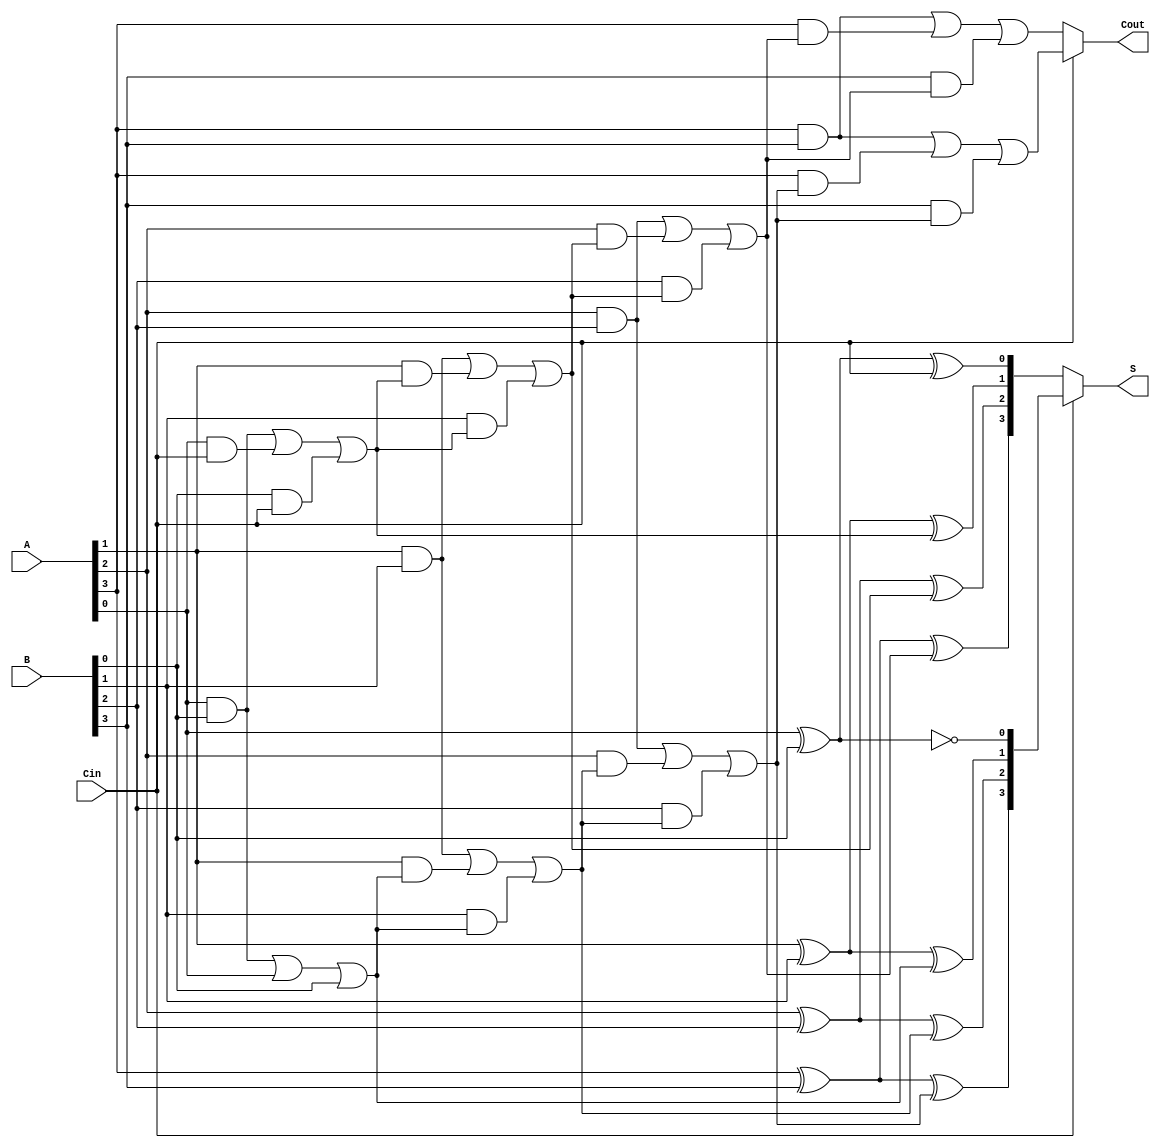
module ConditionalSumAdder #(parameter n = 4) (
    input  [n-1:0] A,      // n-bit input A
    input  [n-1:0] B,      // n-bit input B
    input          Cin,     // Carry-in
    output [n-1:0] S,      // n-bit output sum
    output         Cout     // Carry-out
);

    // Intermediate signals for sums and carries
    wire [n-1:0] S0, S1;     // Sums for Cin = 0 and Cin = 1
    wire [n-1:0] C0, C1;     // Carries for Cin = 0 and Cin = 1

    // Generate partial sums and carries for each bit
    genvar i;
    generate
        for (i = 0; i < n; i = i + 1) begin: CSA
            // Compute S0 and S1
            assign S0[i] = A[i] ^ B[i] ^ (i == 0 ? Cin : C0[i-1]);
            assign S1[i] = A[i] ^ B[i] ^ (i == 0 ? 1'b1 : C1[i-1]);
            
            // Compute C0 and C1
            assign C0[i] = (A[i] & B[i]) | (A[i] & (i == 0 ? Cin : C0[i-1])) | (B[i] & (i == 0 ? Cin : C0[i-1]));
            assign C1[i] = (A[i] & B[i]) | (A[i] & (i == 0 ? 1'b1 : C1[i-1])) | (B[i] & (i == 0 ? 1'b1 : C1[i-1]));
        end
    endgenerate

    // Select final sums and carry-out using a multiplexer
    assign S = Cin ? S1 : S0;                      // Select sum based on Cin
    assign Cout = Cin ? C1[n-1] : C0[n-1];       // Select carry-out based on Cin

endmodule